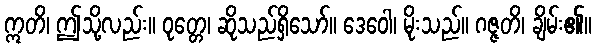
ဣတိ၊ ဤသို့လည်း။ ဝုတ္တေ၊ ဆိုသည်ရှိသော်။ ဒေဝေါ၊ မိုးသည်။ ဂဇ္ဇတိ၊ ချိမ်း၏။